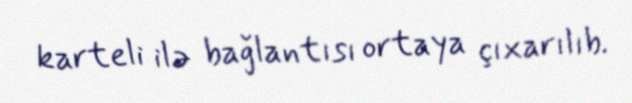
karteli ilə bağlantısı ortaya çıxarılıb.